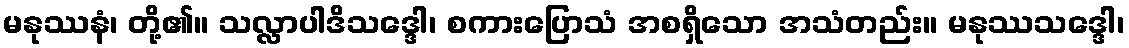
မနုဿနံ၊ တို့၏။ သလ္လာပါဒိသဒ္ဒေါ၊ စကားပြောသံ အစရှိသော အသံတည်း။ မနုဿသဒ္ဒေါ၊